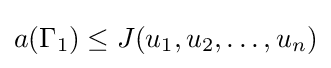
a(\Gamma _{1})\leq J(u_{1},u_{2},\ldots ,u_{n})